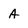
Character: A